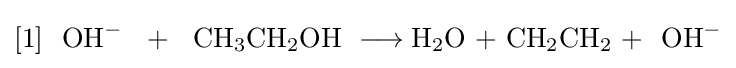
{[1]~\ \mathrm {OH} {\vphantom {A}}^{-}~\ {}+{}\ ~\mathrm {CH} {\vphantom {A}}_{\smash[{t}]{3}}\mathrm {CH} {\vphantom {A}}_{\smash[{t}]{2}}\mathrm {OH} \ {}\mathrel {\longrightarrow } {}\mathrm {H} {\vphantom {A}}_{\smash[{t}]{2}}\mathrm {O} \ {\text{+}}\ \mathrm {CH} {\vphantom {A}}_{\smash[{t}]{2}}\mathrm {CH} {\vphantom {A}}_{\smash[{t}]{2}}\ {\text{+}}~\ \mathrm {OH} {\vphantom {A}}^{-}}